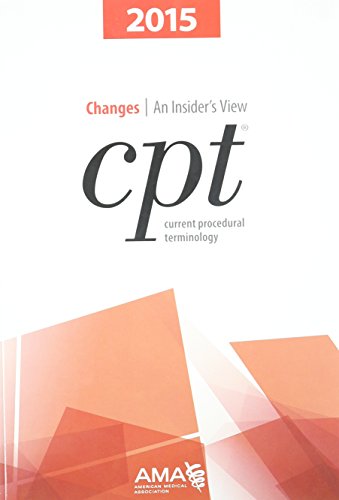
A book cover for CPT Changes 2015: An Insider's View (AMA CPT Changes); AMA; Medical Books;